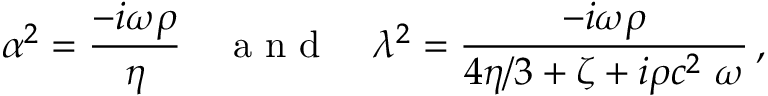
\alpha ^ { 2 } = \frac { - i \omega \rho } { \eta } \quad \mathrm { ~ a ~ n ~ d ~ } \quad \lambda ^ { 2 } = \frac { - i \omega \rho } { 4 \eta / 3 + \zeta + i \rho c ^ { 2 } \ \omega } \, ,